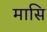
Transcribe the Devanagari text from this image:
मासि